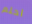
احلم